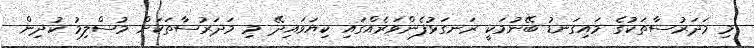
މި މަދަރުސާތަކުގެ މައިގަނޑު ބޭނުމަކީ ރަނގަޅުފެންވަރެއްގައި ކިޔަވައިދޭ މި މަދަރުސާތަކަށް މުސްލިމު ކުދިން